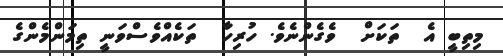
މިތިބީ އެ  ތަކަށް  ވެގެންނެވެ. ހުރިހާ  ތަކެއްވެސްވަނީ ތިމަންމެންގެ